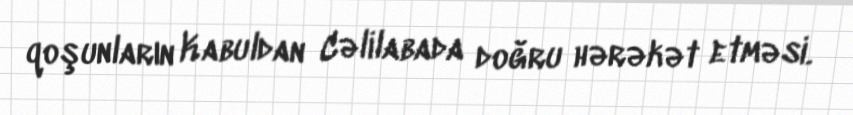
qoşunların Kabuldan Cəlilabada doğru hərəkət etməsi.